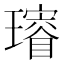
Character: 𤪓